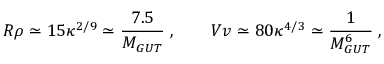
R \rho \simeq 1 5 \kappa ^ { 2 / 9 } \simeq \frac { 7 . 5 } { M _ { G U T } } \; , \qquad V v \simeq 8 0 \kappa ^ { 4 / 3 } \simeq \frac { 1 } { M _ { G U T } ^ { 6 } } \; ,